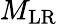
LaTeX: M_{\textrm{LR}}